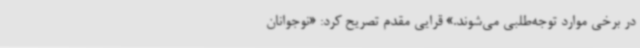
در برخی موارد توجه‌طلبی می‌شوند.» قرایی مقدم تصریح کرد: «نوجوانان